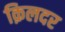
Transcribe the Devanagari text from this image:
क़िलदर